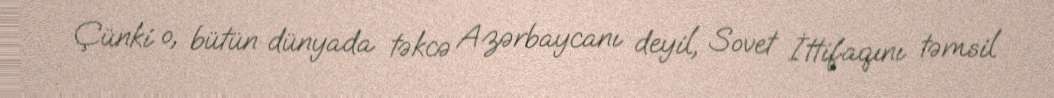
Çünki o, bütün dünyada təkcə Azərbaycanı deyil, Sovet İttifaqını təmsil